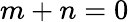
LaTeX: m+n=0